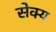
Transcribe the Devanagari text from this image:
सेक्य